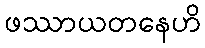
ဖဿာယတနေဟိ